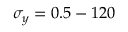
\sigma _ { y } = 0 . 5 - 1 2 0